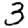
Digit: 3